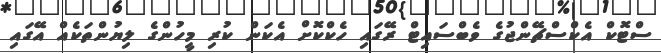
ސްޓޮކް އެކްސްޗޭންޖުގެ ވެބްސައިޓް ރޭގައި ހެކްކޮށް އެކަން ކުރި މީހުންގެ ލިޔުންތަކެއް އޭގައި